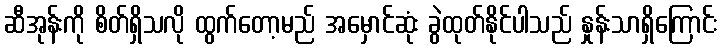
ဆီအုန်းကို စိတ်ရှိသလို ထွက်တော့မည် အမှောင်ဆုံး ခွဲထုတ်နိုင်ပါသည် နှုန်းသာရှိကြောင်း